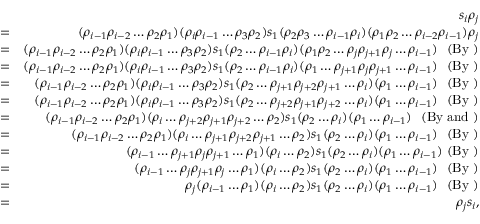
\begin{array} { r l r } & { } & { s _ { i } \rho _ { j } } \\ & { = } & { ( \rho _ { i - 1 } \rho _ { i - 2 } \dots \rho _ { 2 } \rho _ { 1 } ) ( \rho _ { i } \rho _ { i - 1 } \dots \rho _ { 3 } \rho _ { 2 } ) s _ { 1 } ( \rho _ { 2 } \rho _ { 3 } \dots \rho _ { i - 1 } \rho _ { i } ) ( \rho _ { 1 } \rho _ { 2 } \dots \rho _ { i - 2 } \rho _ { i - 1 } ) \rho _ { j } } \\ & { = } & { ( \rho _ { i - 1 } \rho _ { i - 2 } \dots \rho _ { 2 } \rho _ { 1 } ) ( \rho _ { i } \rho _ { i - 1 } \dots \rho _ { 3 } \rho _ { 2 } ) s _ { 1 } ( \rho _ { 2 } \dots \rho _ { i - 1 } \rho _ { i } ) ( \rho _ { 1 } \rho _ { 2 } \dots \rho _ { j } \rho _ { j + 1 } \rho _ { j } \dots \rho _ { i - 1 } ) ~ \mathrm { ~ ( B y ~ ) } } \\ & { = } & { ( \rho _ { i - 1 } \rho _ { i - 2 } \dots \rho _ { 2 } \rho _ { 1 } ) ( \rho _ { i } \rho _ { i - 1 } \dots \rho _ { 3 } \rho _ { 2 } ) s _ { 1 } ( \rho _ { 2 } \dots \rho _ { i - 1 } \rho _ { i } ) ( \rho _ { 1 } \dots \rho _ { j + 1 } \rho _ { j } \rho _ { j + 1 } \dots \rho _ { i - 1 } ) ~ \mathrm { ~ ( B y ~ ) } } \\ & { = } & { ( \rho _ { i - 1 } \rho _ { i - 2 } \dots \rho _ { 2 } \rho _ { 1 } ) ( \rho _ { i } \rho _ { i - 1 } \dots \rho _ { 3 } \rho _ { 2 } ) s _ { 1 } ( \rho _ { 2 } \dots \rho _ { j + 1 } \rho _ { j + 2 } \rho _ { j + 1 } \dots \rho _ { i } ) ( \rho _ { 1 } \dots \rho _ { i - 1 } ) ~ \mathrm { ~ ( B y ~ ) } } \\ & { = } & { ( \rho _ { i - 1 } \rho _ { i - 2 } \dots \rho _ { 2 } \rho _ { 1 } ) ( \rho _ { i } \rho _ { i - 1 } \dots \rho _ { 3 } \rho _ { 2 } ) s _ { 1 } ( \rho _ { 2 } \dots \rho _ { j + 2 } \rho _ { j + 1 } \rho _ { j + 2 } \dots \rho _ { i } ) ( \rho _ { 1 } \dots \rho _ { i - 1 } ) ~ \mathrm { ~ ( B y ~ ) } } \\ & { = } & { ( \rho _ { i - 1 } \rho _ { i - 2 } \dots \rho _ { 2 } \rho _ { 1 } ) ( \rho _ { i } \dots \rho _ { j + 2 } \rho _ { j + 1 } \rho _ { j + 2 } \dots \rho _ { 2 } ) s _ { 1 } ( \rho _ { 2 } \dots \rho _ { i } ) ( \rho _ { 1 } \dots \rho _ { i - 1 } ) ~ \mathrm { ~ ( B y ~ a n d ~ ) } } \\ & { = } & { ( \rho _ { i - 1 } \rho _ { i - 2 } \dots \rho _ { 2 } \rho _ { 1 } ) ( \rho _ { i } \dots \rho _ { j + 1 } \rho _ { j + 2 } \rho _ { j + 1 } \dots \rho _ { 2 } ) s _ { 1 } ( \rho _ { 2 } \dots \rho _ { i } ) ( \rho _ { 1 } \dots \rho _ { i - 1 } ) ~ \mathrm { ~ ( B y ~ ) } } \\ & { = } & { ( \rho _ { i - 1 } \dots \rho _ { j + 1 } \rho _ { j } \rho _ { j + 1 } \dots \rho _ { 1 } ) ( \rho _ { i } \dots \rho _ { 2 } ) s _ { 1 } ( \rho _ { 2 } \dots \rho _ { i } ) ( \rho _ { 1 } \dots \rho _ { i - 1 } ) ~ \mathrm { ( B y ~ ) } } \\ & { = } & { ( \rho _ { i - 1 } \dots \rho _ { j } \rho _ { j + 1 } \rho _ { j } \dots \rho _ { 1 } ) ( \rho _ { i } \dots \rho _ { 2 } ) s _ { 1 } ( \rho _ { 2 } \dots \rho _ { i } ) ( \rho _ { 1 } \dots \rho _ { i - 1 } ) ~ \mathrm { ~ ( B y ~ ) } } \\ & { = } & { \rho _ { j } ( \rho _ { i - 1 } \dots \rho _ { 1 } ) ( \rho _ { i } \dots \rho _ { 2 } ) s _ { 1 } ( \rho _ { 2 } \dots \rho _ { i } ) ( \rho _ { 1 } \dots \rho _ { i - 1 } ) ~ \mathrm { ~ ( B y ~ ) } } \\ & { = } & { \rho _ { j } s _ { i } , } \end{array}